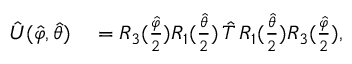
\begin{array} { r l } { \hat { U } ( \hat { \varphi } , \hat { \theta } ) } & { { } = R _ { 3 } ( \frac { \hat { \varphi } } { 2 } ) R _ { 1 } ( \frac { \hat { \theta } } { 2 } ) \, \hat { T } \, R _ { 1 } ( \frac { \hat { \theta } } { 2 } ) R _ { 3 } ( \frac { \hat { \varphi } } { 2 } ) , } \end{array}